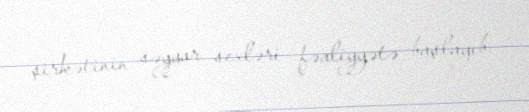
şirkətinin səyyar sexləri fəaliyyətə başlayıb.